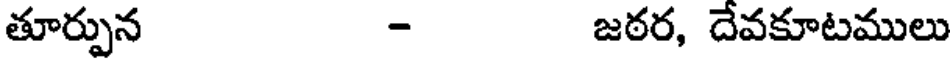
తూర్పున - జఠర, దేవకూటములు